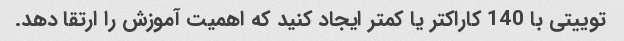
توییتی با 140 کاراکتر یا کمتر ایجاد کنید که اهمیت آموزش را ارتقا دهد.